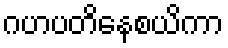
ဂဟပတိနေစယိကာ